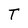
Character: T